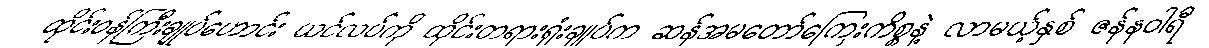
ထိုင်းဝန်ကြီးချုပ်ဟောင်း ယင်လပ်ကို ထိုင်းတရားရုံးချုပ်က ဆန်အမတော်ကြေးကိစ္စနဲ့ လာမယ့်နှစ် ဇန်နဝါရီ